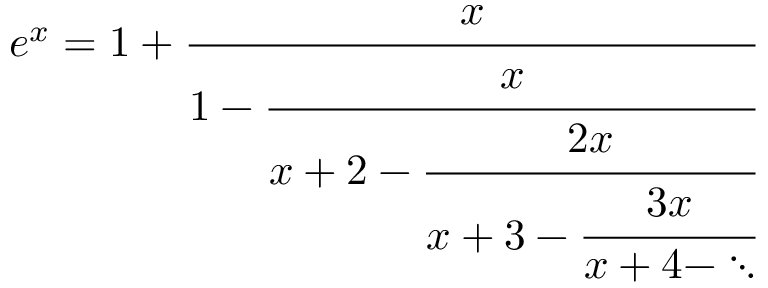
e ^ { x } = 1 + { \cfrac { x } { 1 - { \cfrac { x } { x + 2 - { \cfrac { 2 x } { x + 3 - { \cfrac { 3 x } { x + 4 - \ddots } } } } } } } }